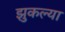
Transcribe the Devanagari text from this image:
झुकल्या